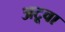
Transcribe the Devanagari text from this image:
अटूवा